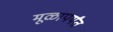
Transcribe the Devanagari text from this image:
मूळापर्यंत